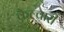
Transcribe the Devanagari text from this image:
कैल्वारी